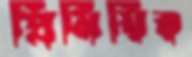
প্রিমিয়ির